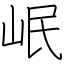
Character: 岷